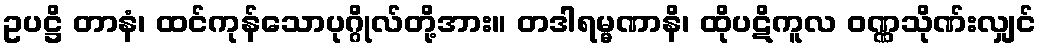
ဥပဋ္ဌိ တာနံ၊ ထင်ကုန်သောပုဂ္ဂိုလ်တို့အား။ တဒါရမ္မဏာနိ၊ ထိုပဋိကူလ ဝဏ္ဏသိုဏ်းလျှင်